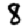
Digit: 8